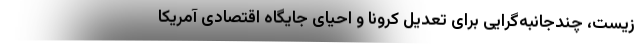
زیست، چندجانبه‌گرایی برای تعدیل کرونا و احیای جایگاه اقتصادی آمریکا